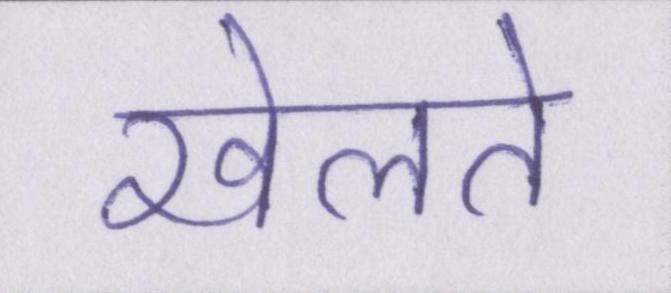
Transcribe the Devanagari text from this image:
खेलते